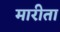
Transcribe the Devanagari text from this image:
मारीता